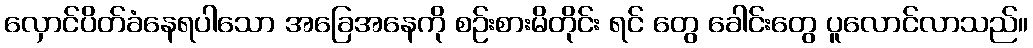
လှောင်ပိတ်ခံနေရပါသော အခြေအနေကို စဉ်းစားမိတိုင်း ရင် တွေ ခေါင်းတွေ ပူလောင်လာသည်။